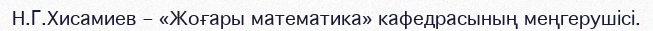
Н.Г.Хисамиев – «Жоғары математика» кафедрасының меңгерушісі.